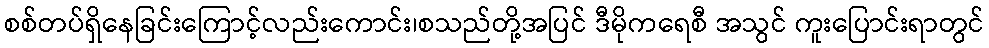
စစ်တပ်ရှိနေခြင်းကြောင့်လည်းကောင်း၊စသည်တို့အပြင် ဒီမိုကရေစီ အသွင် ကူးပြောင်းရာတွင်